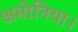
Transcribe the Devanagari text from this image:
अमोनिया।